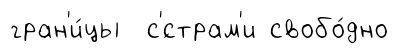
гран'и́цы с'́страм'и свобо́дно